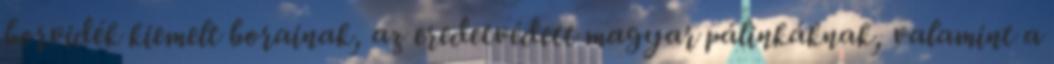
borvidék kiemelt borainak, az eredetvédett magyar pálinkáknak, valamint a